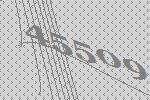
45509